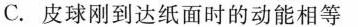
C.皮球刚到达纸面时的动能相等